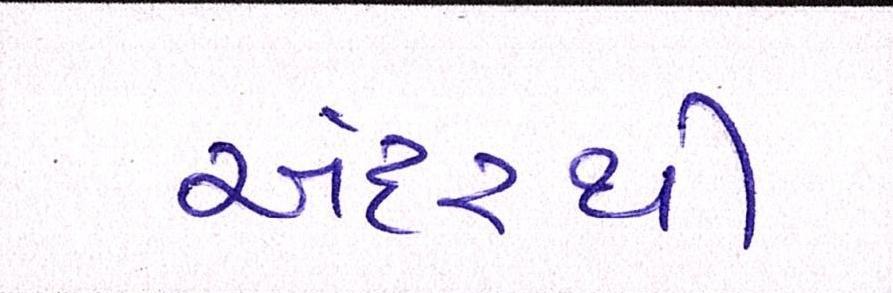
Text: અંદરથી